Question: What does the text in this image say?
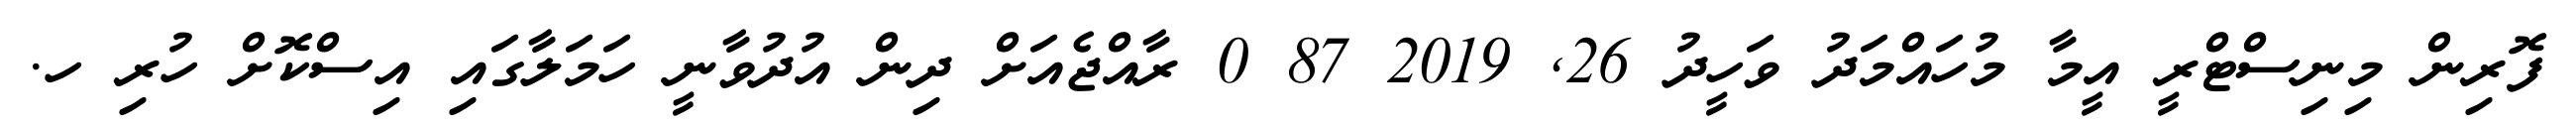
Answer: ފޮރިން މިނިސްޓްރީ އީމާ މުހައްމަދު ވަހީދު 26, 2019 87 0 ރާއްޖެއަށް ދިން އުދުވާނީ ހަމަލާގައި އިސްކޮށް ހުރި ހ.